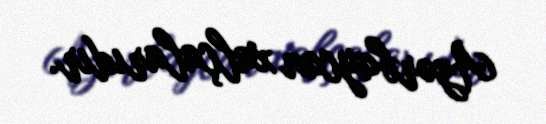
Azərbaycan xalçalarıdır.